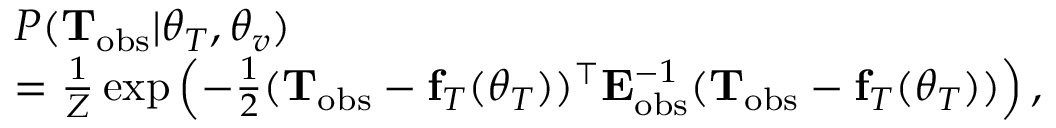
\begin{array} { r l } & { P ( { \bf T } _ { \mathrm { o b s } } | \boldsymbol { \theta } _ { T } , \boldsymbol { \theta } _ { v } ) } \\ & { = \frac { 1 } { Z } \exp \left( - \frac { 1 } { 2 } ( { \bf T } _ { \mathrm { o b s } } - { \bf f } _ { T } ( \boldsymbol { \theta } _ { T } ) ) ^ { \top } { \bf E } _ { \mathrm { o b s } } ^ { - 1 } ( { \bf T } _ { \mathrm { o b s } } - { \bf f } _ { T } ( \boldsymbol { \theta } _ { T } ) ) \right) , } \end{array}